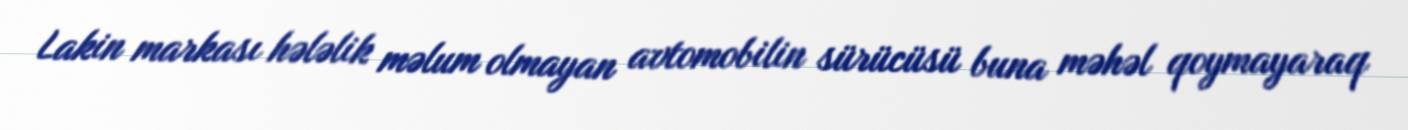
Lakin markası hələlik məlum olmayan avtomobilin sürücüsü buna məhəl qoymayaraq